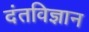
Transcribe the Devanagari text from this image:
दंतविज्ञान